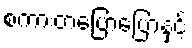
စကားတပြောပြောနှင့်